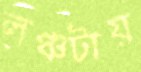
লঞ্চটায়